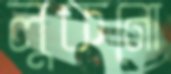
লুকনো